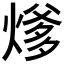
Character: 𰟍